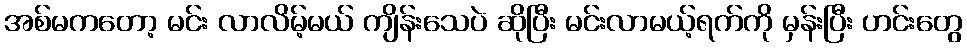
အစ်မကတော့ မင်း လာလိမ့်မယ် ကျိန်းသေပဲ ဆိုပြီး မင်းလာမယ့်ရက်ကို မှန်းပြီး ဟင်းတွေ